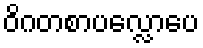
ဝိဂတစာပလ္လောပေ